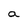
Character: a